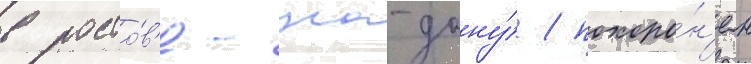
в росто́в'е-на-дону́ / похоро́н'ен